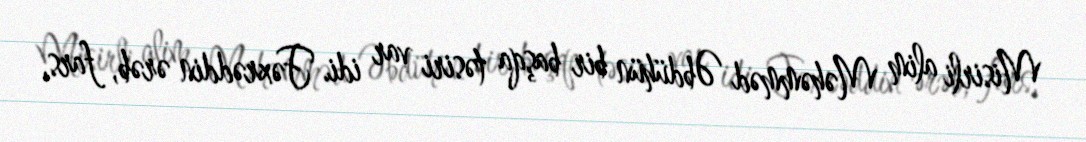
Misirli alim Məhəmməd Əbdühün bir başqa təsiri var idi. Fəxrəddin ərəb, fars,